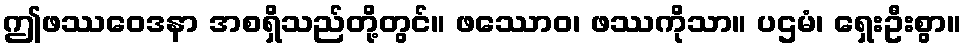
ဤဖဿဝေဒနာ အစရှိသည်တို့တွင်။ ဖဿောဝ၊ ဖဿကိုသာ။ ပဌမံ၊ ရှေးဦးစွာ။